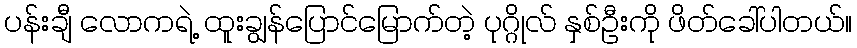
ပန်းချီ လောကရဲ့ ထူးချွန်ပြောင်မြောက်တဲ့ ပုဂ္ဂိုလ် နှစ်ဦးကို ဖိတ်ခေါ်ပါတယ်။